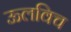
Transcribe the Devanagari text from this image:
ऊलविच